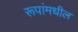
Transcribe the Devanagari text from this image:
रूपांमधील